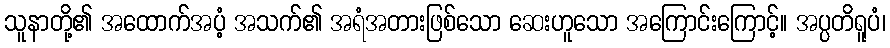
သူနာတို့၏ အထောက်အပံ့ အသက်၏ အရံအတားဖြစ်သော ဆေးဟူသော အကြောင်းကြောင့်။ အပ္ပတိရူပံ၊